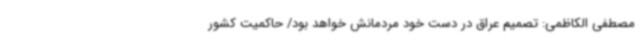
مصطفی الکاظمی: تصمیم عراق در دست خود مردمانش خواهد بود/ حاکمیت کشور